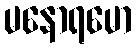
မနောရမော